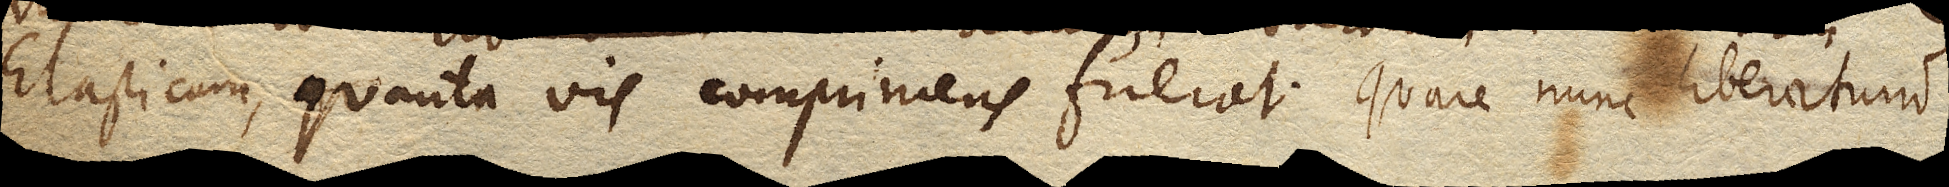
Elasticam quanta viscomprimens fuerat, quare nunc liberatum